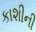
કાશીની